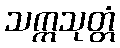
သက္ကသုတ္တံ